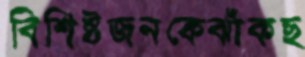
বিশিষ্টজনকেঝাঁকছ